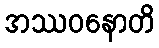
အဿဝနောတိ